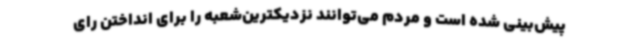
پیش‌بینی شده است و مردم می‌توانند نزدیکترین‌شعبه را برای انداختن رای